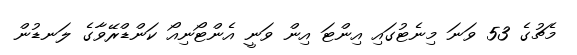
މެޗުގެ 53 ވަނަ މިނެޓުގައި އިންޓަ އިން ވަނީ އެންޓޯނިއޯ ކަންޑްރޭވާގެ ލަނޑުން